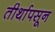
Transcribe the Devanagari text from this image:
तीर्थापसून